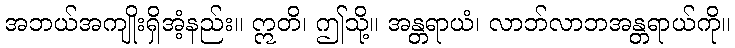
အဘယ်အကျိုးရှိအံ့နည်း။ ဣတိ၊ ဤသို့။ အန္တရာယံ၊ လာဘ်လာဘအန္တရာယ်ကို။